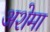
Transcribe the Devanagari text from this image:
अशेमा